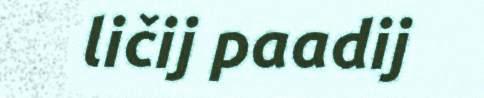
ličij paadij